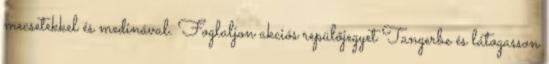
mecsetekkel és medinával. Foglaljon akciós repülőjegyet Tangerbe és látogasson